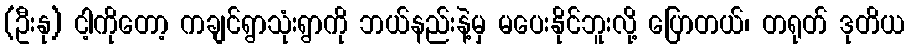
(ဦးနု) ငါ့ကိုတော့ ကချင်ရွာသုံးရွာကို ဘယ်နည်းနဲ့မှ မပေးနိုင်ဘူးလို့ ပြောတယ်၊ တရုတ် ဒုတိယ